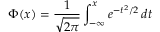
\Phi ( x ) = { \frac { 1 } { \sqrt { 2 \pi } } } \int _ { - \infty } ^ { x } e ^ { - t ^ { 2 } / 2 } \, d t